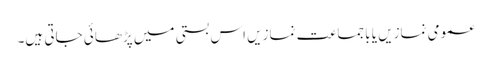
عمومی نمازیں یا باجماعت نمازیں اس بستی میں پڑھائی جاتی ہیں۔